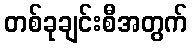
တစ်ခုချင်းစီအတွက်